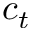
c _ { t }